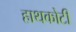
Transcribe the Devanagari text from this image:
हाथकोटी